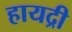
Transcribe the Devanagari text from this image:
हायद्री